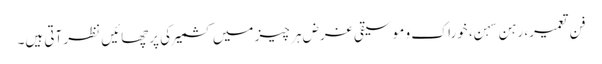
فنِ تعمیر، رہن سہن، خوراک و موسیقی غرض ہر چیز میں کشمیر کی پرچھائیں نظر آتی ہیں۔